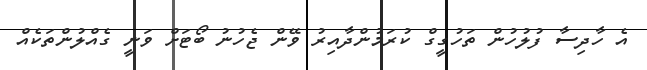
އެ ހާދިސާ ފުލުހުން ތަހުގީގް ކުރަމުންދާއިރު ވޭން ޖެހުނު ބޯޓަށް ވަނީ ގެއްލުންތަކެއް